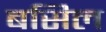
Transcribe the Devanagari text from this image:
बसिल